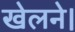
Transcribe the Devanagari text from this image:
खेलने।